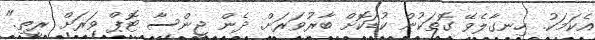
އެކަމަކު. ހިނގާލެވޭ ގޮތަކުން ކުޑަކޮށް ބާރުވަރަށް. ދެން ޖީންސާ ޓޮޕް ވަރަށް ރީތި."